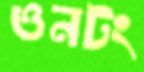
ওনটং